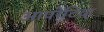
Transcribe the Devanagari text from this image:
आपरेटिव्ह